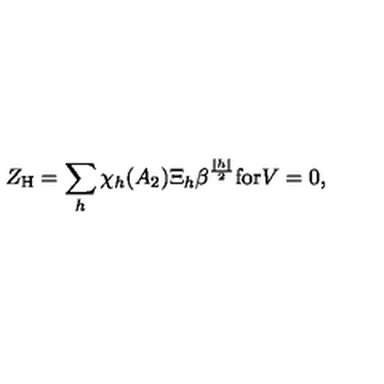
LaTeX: Z _ { \mathrm { H } } = \sum _ { h } \chi _ { h } ( A _ { 2 } ) \Xi _ { h } \beta ^ { { \frac { | h | } { 2 } } } \mathrm { f o r } V = 0 ,